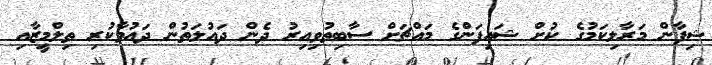
ޝިފާން މަރާލިކަމުގެ ކުށް ޝައިފަންގެ މައްޗަށް ސާބިތުވިއިރު ދެން ދައުލަތުން ދައުވާކުރި ތިލްމީޒާއި